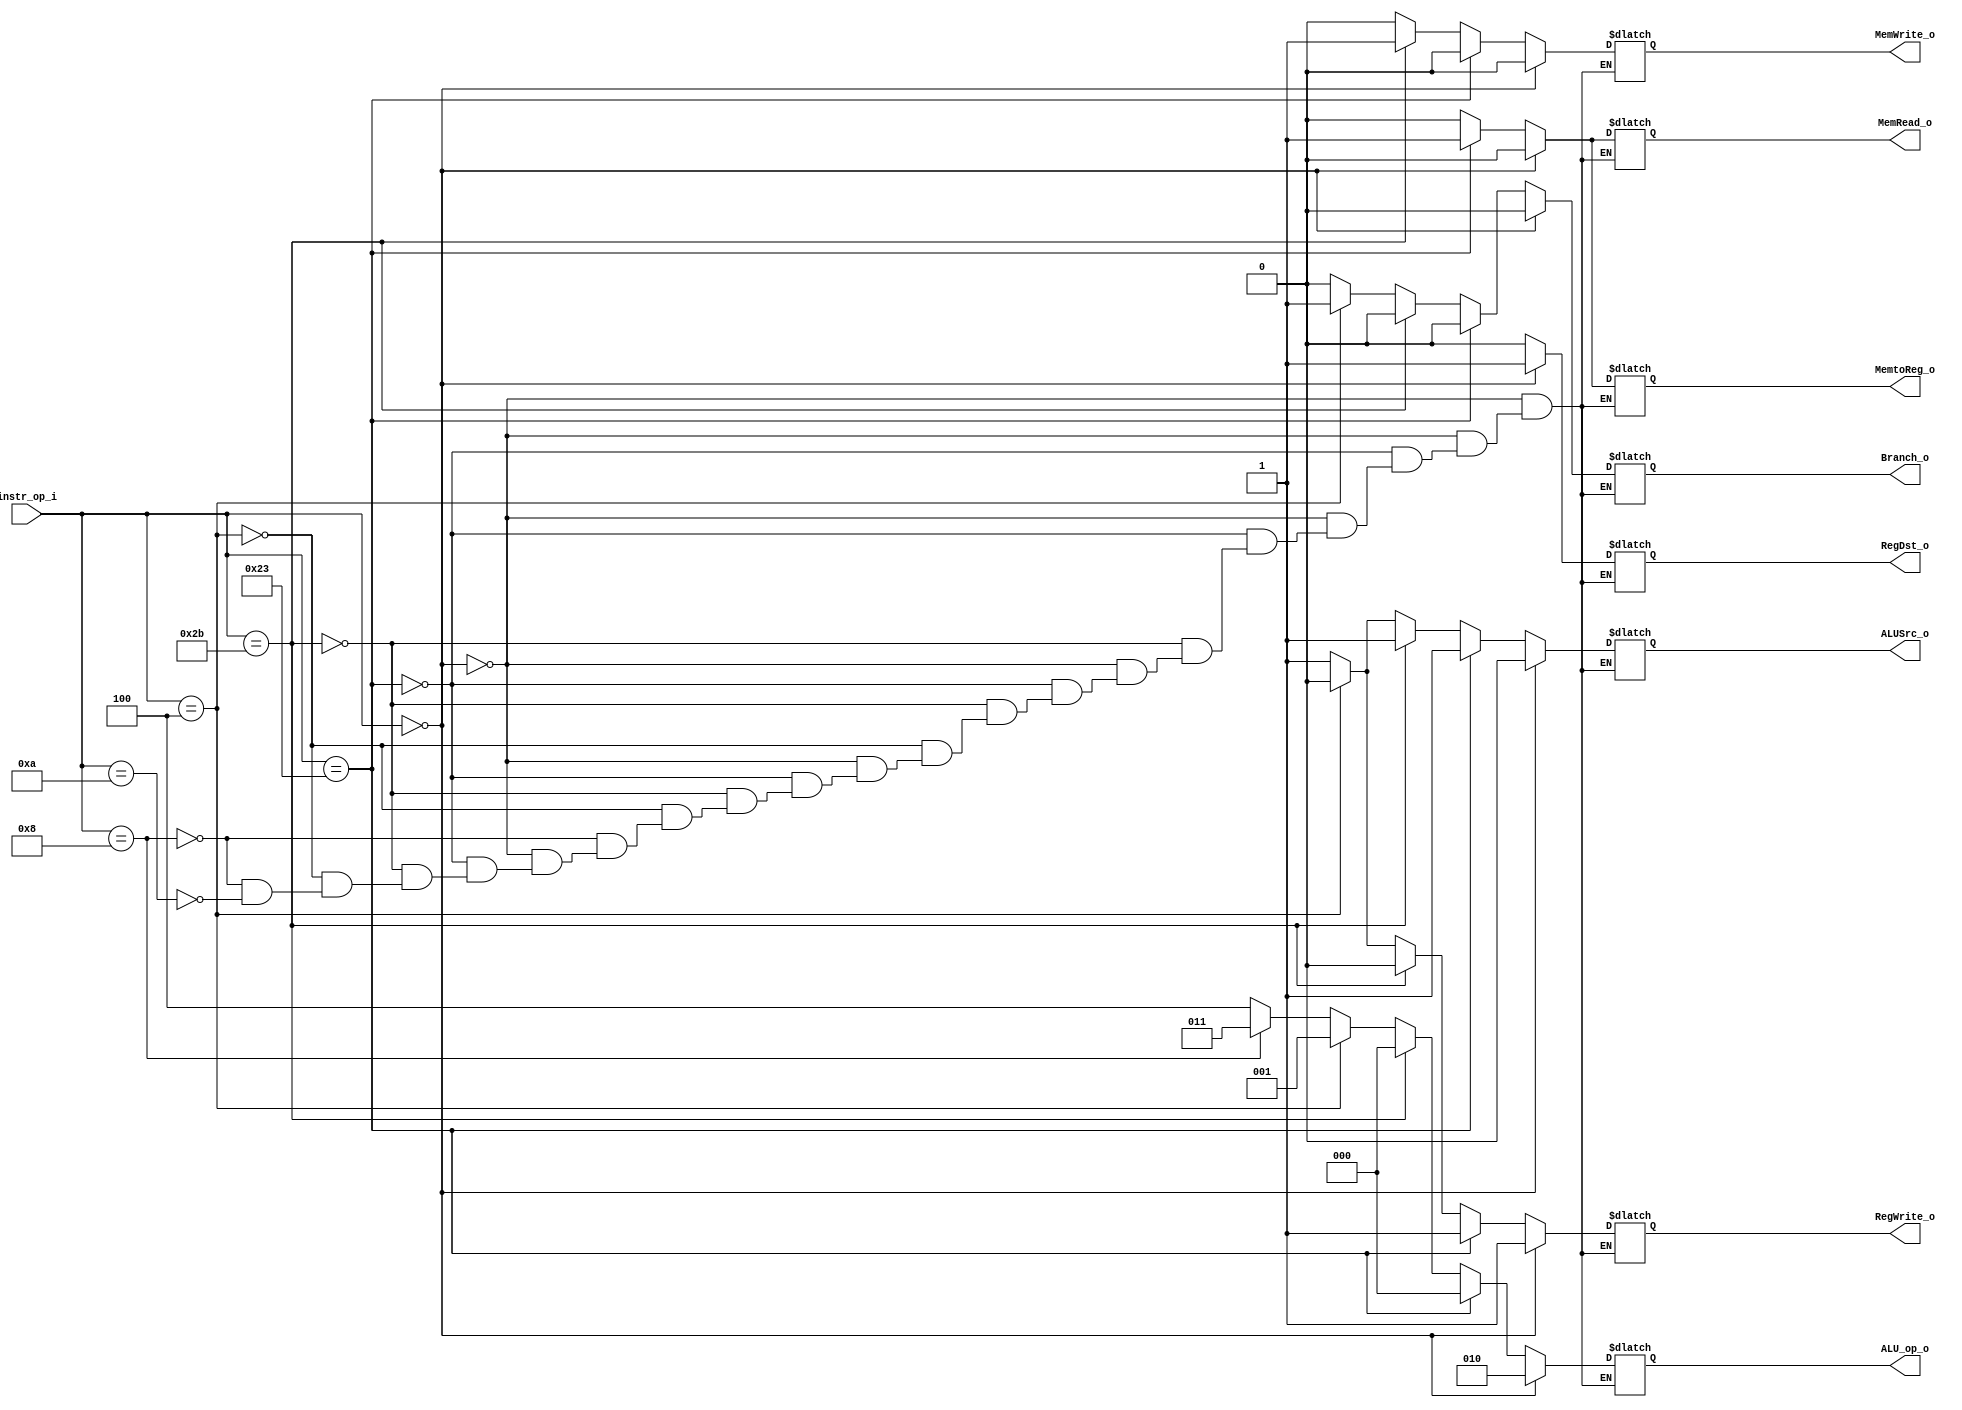
//Subject:     Architecture project 2 - Decoder
//--------------------------------------------------------------------------------
//Version:     1
//--------------------------------------------------------------------------------
//Writer:      
//----------------------------------------------
//Date:        
//----------------------------------------------
//Description: 
//--------------------------------------------------------------------------------

module Decoder(
    instr_op_i,
	RegWrite_o,
	ALU_op_o,
	ALUSrc_o,
	RegDst_o,
	Branch_o,
	MemWrite_o,
	MemRead_o,
	MemtoReg_o
	);
     
//I/O ports
input  [6-1:0] instr_op_i;

output         RegWrite_o;
output [3-1:0] ALU_op_o;
output         ALUSrc_o;
output         RegDst_o;
output         Branch_o;
output		   MemWrite_o;
output		   MemRead_o;
output		   MemtoReg_o;
 
//Internal Signals
reg    [3-1:0] ALU_op_o;
reg            ALUSrc_o;
reg            RegWrite_o;
reg            RegDst_o;
reg            Branch_o;
reg			   MemWrite_o;
reg			   MemRead_o;
reg			   MemtoReg_o;

//Parameter


//Main function
always @(*) begin
	if(instr_op_i == 6'b000000) begin
		RegDst_o = 1 ;
		ALUSrc_o = 0 ;
		MemtoReg_o = 0 ;
		RegWrite_o = 1 ;
		MemRead_o = 0 ;
 		MemWrite_o = 0 ;
		Branch_o = 0 ;
		ALU_op_o = 3'b010 ; // for Rtype
	end
	else if(instr_op_i == 6'b100011) begin
		RegDst_o = 0 ;
		ALUSrc_o = 1 ;
		MemtoReg_o = 1 ;
		RegWrite_o = 1 ;
		MemRead_o = 1;
 		MemWrite_o = 0 ;
		Branch_o = 0 ;
		ALU_op_o = 3'b000 ; // for lw
	end
	else if(instr_op_i == 6'b101011) begin
		RegDst_o = 0 ;
		ALUSrc_o = 1 ;
		MemtoReg_o = 0 ;
		RegWrite_o = 0 ;
		MemRead_o = 0;
 		MemWrite_o = 1 ;
		Branch_o = 0 ;
		ALU_op_o = 3'b000 ; // for sw
	end
	else if(instr_op_i == 6'b000100) begin
		RegDst_o = 0 ;
		ALUSrc_o = 0 ;
		MemtoReg_o = 0 ;
		RegWrite_o = 0 ;
		MemRead_o = 0;
 		MemWrite_o = 0 ;
		Branch_o = 1 ;
		ALU_op_o = 3'b001 ; // for beq
	end
	else if(instr_op_i == 6'b001000) begin // for addi
		RegDst_o = 0 ;
		ALUSrc_o = 1 ;
		MemtoReg_o = 0 ;
		RegWrite_o = 1 ;
		MemRead_o = 0;
 		MemWrite_o = 0 ;
		Branch_o = 0 ;
		ALU_op_o = 3'b011 ; // for addi
	end
	else if(instr_op_i == 6'h0A) begin // for slti
		RegDst_o = 0 ;
		ALUSrc_o = 1 ;
		MemtoReg_o = 0 ;
		RegWrite_o = 1 ;
		MemRead_o = 0;
 		MemWrite_o = 0 ;
		Branch_o = 0 ;
		ALU_op_o = 3'b100 ; // for slti
	end
end


endmodule